Report on vaccination in Madras 1895-1903 - 1895-1903
Year: 1895
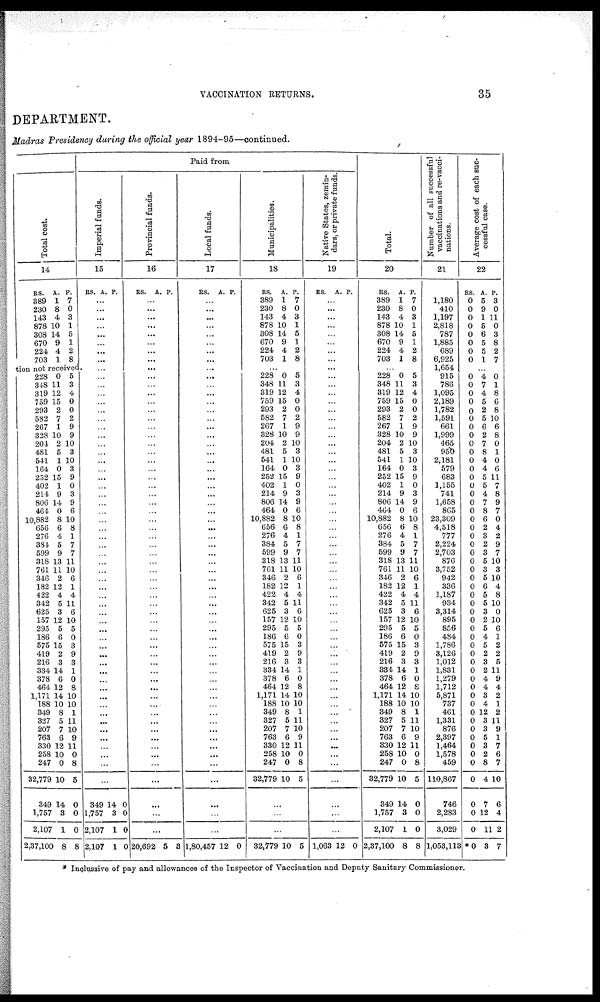
VACCINATION RETURNS.
35
DEPARTMENT.
Madras Presidency during the official year 1894-95—continued.
Total cost.
14
RS.
389
230
143
878
308
670
224
703
A.
1
8
4
10
14
9
4
1
P.
7
0
3
1
5
1
2
8
tion not received.
228
348
319
759
293
582
267
328
204
481
541
164
252
402
214
806
464
10,882
656
276
384
599
318
761
346
182
422
342
625
157
295
186
575
419
216
334
378
464
1,171
188
349
327
207
763
330
258
247
32,779
349
1,757
2,107
2,37,100
0
11
12
15
2
7
1
10
2
5
1
0
15
1
9
14
0
8
6
4
5
9
13
11
2
12
4
5
3
12
5
6
15
2
3
14
6
12
14
10
8
5
7
6
12
10
0
10
14
3
1
8
5
3
4
0
0
2
9
9
10
3
10
3
9
0
3
9
6
10
8
1
7
7
11
10
6
1
4
11
6
10
5
0
3
9
3
1
0
8
10
10
1
11
10
9
11
0
8
5
0
0
0
8
Paid from
Imperial funds.
15
RS. A.
P.
...
...
...
...
...
...
...
...
...
...
...
...
...
...
...
...
...
...
...
...
...
...
...
...
...
...
...
...
...
...
...
...
...
...
...
...
...
...
...
...
...
...
...
...
...
...
...
...
...
...
...
...
...
...
...
...
...
349
1,757
2,107
2,107
14
3
1
1
0
0
0
0
Provincial funds.
16
RS. A.
P.
...
...
...
...
...
...
...
...
...
...
...
...
...
...
...
...
...
...
...
...
...
...
...
...
...
...
...
...
...
...
...
...
...
...
...
...
...
...
...
...
...
...
...
...
...
...
...
...
...
...
...
...
...
...
...
...
...
...
...
...
20,692 5 3
Local funds.
Municipalities.
17
18
RS.
A. P.
...
...
...
...
...
...
...
...
...
...
...
...
...
...
...
...
...
...
...
...
...
...
...
...
...
...
...
...
...
...
...
...
...
...
...
...
...
...
...
...
...
...
...
...
...
...
...
...
...
...
...
...
...
...
...
...
...
...
...
...
1,80,457 12 0
RS.
389
230
143
878
308
670
224
703
A.
1
8
4
10
14
9
4
1
P.
7
0
3
1
5
1
2
8
...
228
348
319
759
293
582
267
328
204
481
541
164
252
402
214
806
464
10,882
656
276
384
599
318
761
346
182
422
342
625
157
295
186
575
419
216
334
378
464
1,171
188
349
327
207
763
330
258
247
32,779
0
11
12
15
2
7
1
10
2
5
1
0
15
1
9
14
0
8
6
4
5
9
13
11
2
12
4
5
3
12
5
6
15
2
3
14
6
12
14
10
8
5
7
6
12
10
0
10
5
3
4
0
0
2
9
9
10
3
10
3
9
0
3
9
6
10
8
1
7
7
11
10
6
1
4
11
6
10
5
0
3
9
3
1
0
8
10
10
1
11
10
9
11
0
8
5
...
...
...
32,779 10 5
Native States, zemin-
dars, or private funds.
19
RS. A. P.
...
...
...
...
...
...
...
...
...
...
...
...
...
...
...
...
...
...
...
...
...
...
...
...
...
...
...
...
...
...
...
...
...
...
...
...
...
...
...
...
...
...
...
...
...
...
...
...
...
...
...
...
...
...
...
...
...
...
...
...
1,063 12 0
Total.
20
RS.
389
230
143
878
308
670
224
703
A.
1
8
4
10
14
9
4
1
P.
7
0
3
1
5
1
2
8
...
228
348
319
759
293
582
267
328
204
481
541
164
252
402
214
806
464
10,882
656
276
384
599
318
761
346
182
422
342
625
157
295
186
575
419
216
334
378
464
1,171
188
349
327
207
763
330
258
247
32,779
349
1,757
2,107
2,37,100
0
11
12
15
2
7
1
10
2
5
1
0
15
1
9
14
0
8
6
4
5
9
13
11
2
12
4
5
3
12
5
6
15
2
3
14
6
12
14
10
8
5
7
6
12
10
0
10
14
3
1
8
5
3
4
0
0
2
9
9
10
3
10
3
9
0
3
9
6
10
8
1
7
7
11
10
6
1
4
11
6
10
5
0
3
9
3
1
0
8
10
10
1
11
10
9
11
0
8
5
0
0
0
8
Number of all successful
vaccinations and re-vacci-
nations.
21
1,180
410
1,197
2,818
787
1,885
689
6,925
1,654
915
786
1,095
2,189
1,782
1,591
661
1,999
465
950
2,181
579
683
1,155
741
1,658
865
23,309
4,518
777
2,224
2,703
876
3,752
942
336
1,187
934
3,314
895
856
484
1,786
3,126
1,012
1,831
1,279
1,712
5,871
737
461
1,331
876
2,397
1,464
1,578
459
110,867
746
2,283
3,029
1,053,113
Average cost of each suc-
cessful case.
22
RS.
0
0
0
0
0
0
0
0
A.
5
9
1
5
6
5
5
1
P.
3
0
11
0
3
8
2
7
...
0
0
0
0
0
0
0
0
0
0
0
0
0
0
0
0
0
0
0
0
0
0
0
0
0
0
0
0
0
0
0
0
0
0
0
0
0
0
0
0
0
0
0
0
0
0
0
0
0
0
0
*0
4
7
4
5
2
5
6
2
7
8
4
4
5
5
4
7
8
6
2
3
2
3
5
3
5
6
5
5
3
2
5
4
5
2
3
2
4
4
3
4
12
3
3
5
3
2
8
4
7
12
11
3
0
1
8
6
8
10
6
8
0
1
0
6
11
7
8
9
7
0
4
2
9
7
10
3
10
4
8
10
0
10
6
1
2
2
5
11
9
4
2
1
2
11
9
1
7
6
7
10
6
4
2
7
* Inclussive of pay and allowances of the Inspector of Vaccination and Deputy Sanitary Commissioner.